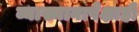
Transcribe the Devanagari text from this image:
व्याख्यानापेक्षाही